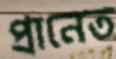
প্রানেত